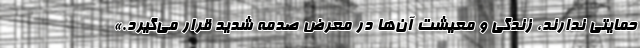
حمایتی ندارند، زندگی و معیشت آن‌ها در معرض صدمه شدید قرار می‌گیرد.»